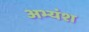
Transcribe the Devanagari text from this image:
अभ्यंश